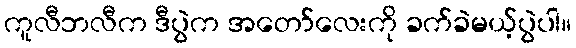
ကူလီဘလီက ဒီပွဲက အတော်လေးကို ခက်ခဲမယ့်ပွဲပါ။